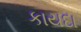
કાયદા